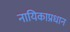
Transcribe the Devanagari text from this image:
नायिकाप्रधान